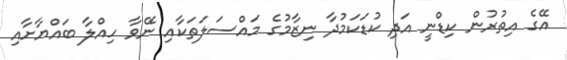
އޭގެ އިތުރުން ކިޑްނީ އަދި ކުޑަކަމުދާ ނިޒާމުގެ މައްސަލަތަކާއި ނޭވާ ހިއްލާ ބައްޔާށާއި